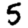
Digit: 5